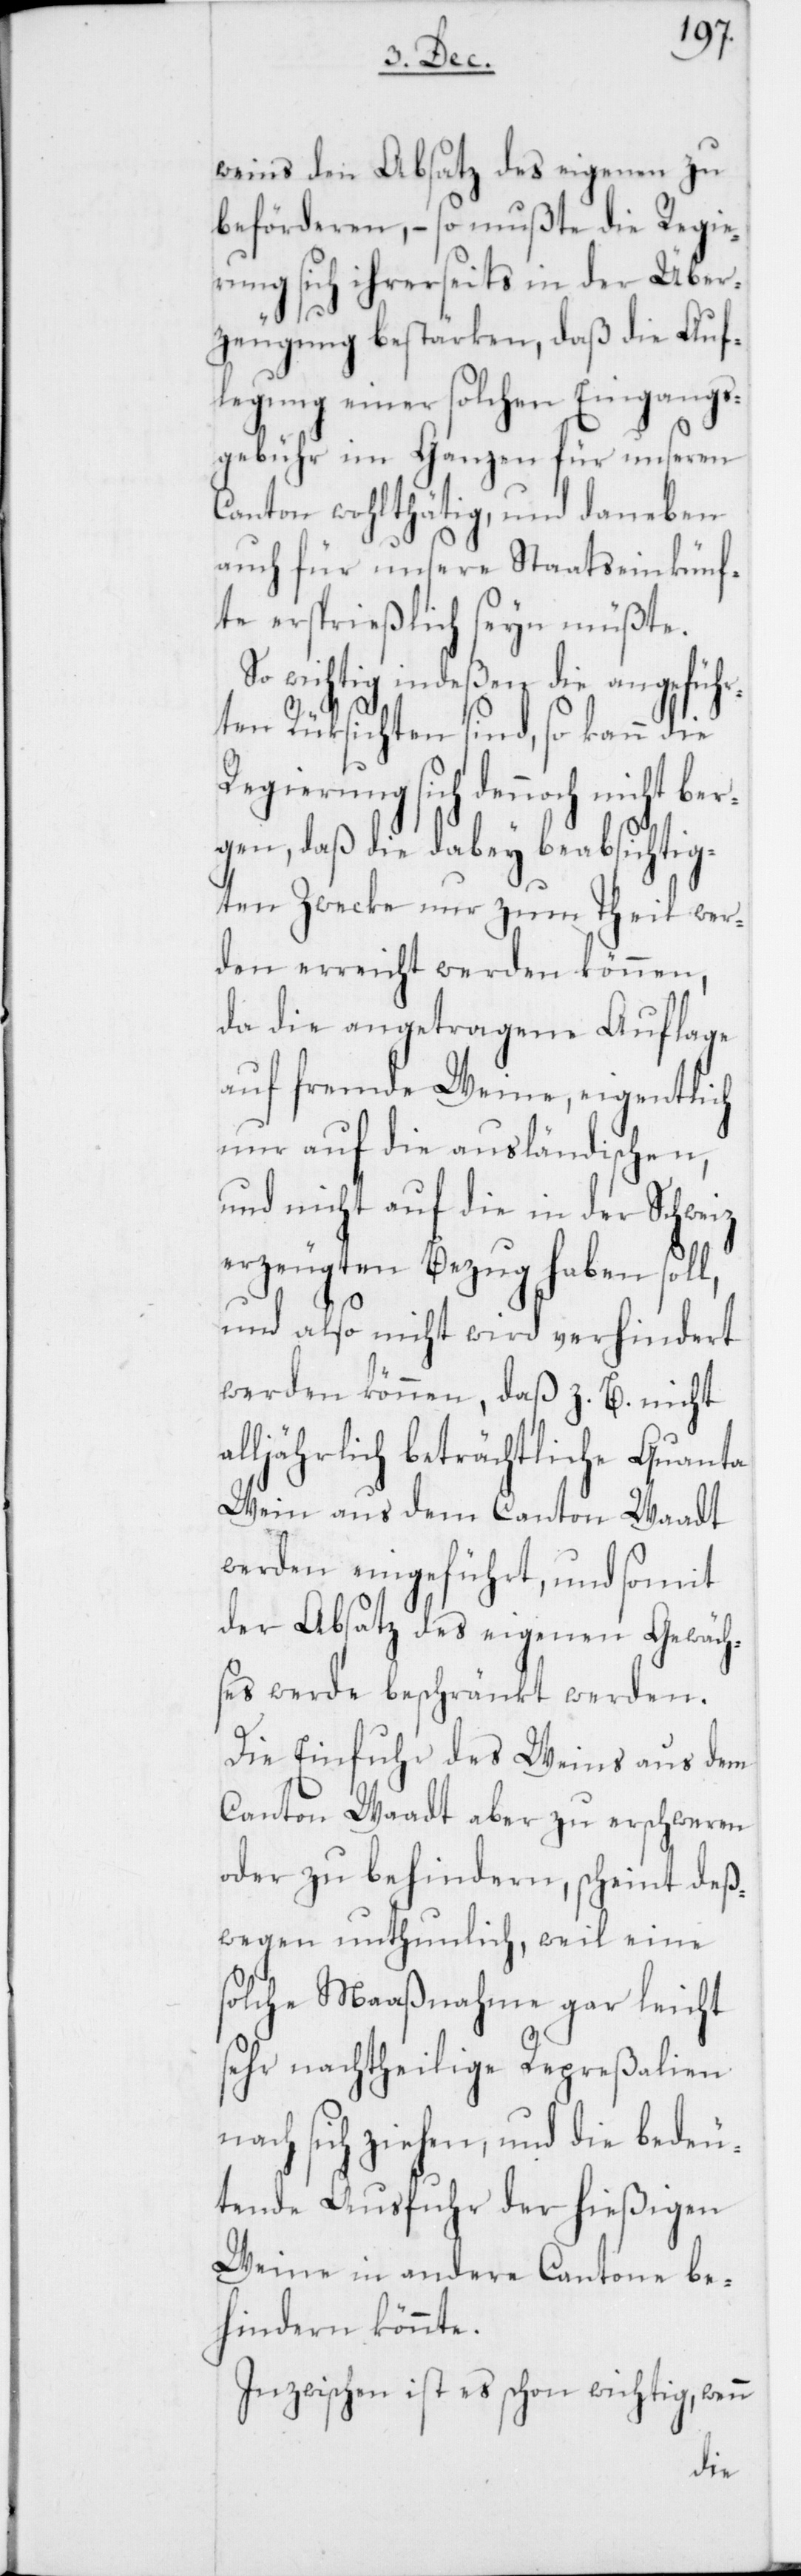
weins den Absatz des eigenen zu
beförderen, – so mußte die Regie¬
rung sich ihrerseits in der Über¬
zeugung bestärken, daß die Auf¬
legung einer solchen Eingangs¬
gebühr im Ganzen für unseren
Canton wohlthätig, und daneben
auch für unsere Staatseinkünf¬
te ersprießlich seyn müßte.
So wichtig indeßen die angeführ¬
ten Rüksichten sind, so kann die
Regierung sich dennoch nicht be¬
rgen, daß die dabey beabsichtig¬
ten Zwecke nur zum Theil wer¬
den erreicht werden können,
da die angetragene Auflage
auf fremde Weine, eigentlich
nur auf die ausländischen,
und nicht auf die in der Schweiz
erzeugten Bezug haben soll,
und also nicht wird verhindert
werden können, daß z. B. nicht
alljährlich beträchtliche Quanta
Wein aus dem Canton Waadt
werden eingeführt, und somit
der Absatz des eigenen Gewäch¬
ses werde beschränkt werden.
Die Einfuhr des Weins aus dem
Canton Waadt aber zu erschweren
oder zu behindern, scheint deß¬
wegen unthunlich, weil eine
solche Maaßnahme gar leicht
sehr nachtheilige Repreßalien
nach sich ziehen, und die bedeu¬
tende Ausfuhr der hießigen
Weine in andere Cantone be¬
hindern könnte.
Inzwischen ist es schon wichtig, wenn